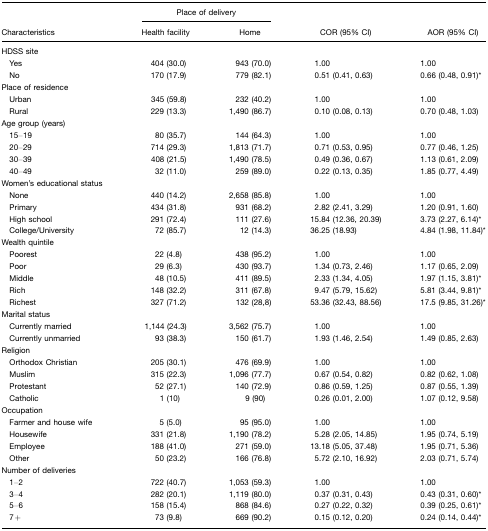
<table><thead><tr><td></td><td colspan="2"><b>Place of delivery</b></td><td></td><td></td></tr><tr><td><b>Characteristics</b></td><td><b>Health facility</b></td><td><b>Home</b></td><td><b>COR (95% CI)</b></td><td><b>AOR (95% CI)</b></td></tr></thead><tbody><tr><td>HDSS site</td><td></td><td></td><td></td><td></td></tr><tr><td> Yes</td><td>404 (30.0)</td><td>943 (70.0)</td><td>1.00</td><td>1.00</td></tr><tr><td> No</td><td>170 (17.9)</td><td>779 (82.1)</td><td>0.51 (0.41, 0.63)</td><td>0.66 (0.48, 0.91)*</td></tr><tr><td>Place of residence</td><td></td><td></td><td></td><td></td></tr><tr><td> Urban</td><td>345 (59.8)</td><td>232 (40.2)</td><td>1.00</td><td>1.00</td></tr><tr><td> Rural</td><td>229 (13.3)</td><td>1,490 (86.7)</td><td>0.10 (0.08, 0.13)</td><td>0.70 (0.48, 1.03)</td></tr><tr><td>Age group (years)</td><td></td><td></td><td></td><td></td></tr><tr><td> 15–19</td><td>80 (35.7)</td><td>144 (64.3)</td><td>1.00</td><td>1.00</td></tr><tr><td> 20–29</td><td>714 (29.3)</td><td>1,813 (71.7)</td><td>0.71 (0.53, 0.95)</td><td>0.77 (0.46, 1.25)</td></tr><tr><td> 30–39</td><td>408 (21.5)</td><td>1,490 (78.5)</td><td>0.49 (0.36, 0.67)</td><td>1.13 (0.61, 2.09)</td></tr><tr><td> 40–49</td><td>32 (11.0)</td><td>259 (89.0)</td><td>0.22 (0.13, 0.35)</td><td>1.85 (0.77, 4.49)</td></tr><tr><td>Women&#x27;s educational status</td><td></td><td></td><td></td><td></td></tr><tr><td> None</td><td>440 (14.2)</td><td>2,658 (85.8)</td><td>1.00</td><td>1.00</td></tr><tr><td> Primary</td><td>434 (31.8)</td><td>931 (68.2)</td><td>2.82 (2.41, 3.29)</td><td>1.20 (0.91, 1.60)</td></tr><tr><td> High school</td><td>291 (72.4)</td><td>111 (27.6)</td><td>15.84 (12.36, 20.39)</td><td>3.73 (2.27, 6.14)*</td></tr><tr><td> College/University</td><td>72 (85.7)</td><td>12 (14.3)</td><td>36.25 (18.93)</td><td>4.84 (1.98, 11.84)*</td></tr><tr><td>Wealth quintile</td><td></td><td></td><td></td><td></td></tr><tr><td> Poorest</td><td>22 (4.8)</td><td>438 (95.2)</td><td>1.00</td><td>1.00</td></tr><tr><td> Poor</td><td>29 (6.3)</td><td>430 (93.7)</td><td>1.34 (0.73, 2.46)</td><td>1.17 (0.65, 2.09)</td></tr><tr><td> Middle</td><td>48 (10.5)</td><td>411 (89.5)</td><td>2.33 (1.34, 4.05)</td><td>1.97 (1.15, 3.81)*</td></tr><tr><td> Rich</td><td>148 (32.2)</td><td>311 (67.8)</td><td>9.47 (5.79, 15.62)</td><td>5.81 (3.44, 9.81)*</td></tr><tr><td> Richest</td><td>327 (71.2)</td><td>132 (28,8)</td><td>53.36 (32.43, 88.56)</td><td>17.5 (9.85, 31.26)*</td></tr><tr><td>Marital status</td><td></td><td></td><td></td><td></td></tr><tr><td> Currently married</td><td>1,144 (24.3)</td><td>3,562 (75.7)</td><td>1.00</td><td>1.00</td></tr><tr><td> Currently unmarried</td><td>93 (38.3)</td><td>150 (61.7)</td><td>1.93 (1.46, 2.54)</td><td>1.49 (0.85, 2.63)</td></tr><tr><td>Religion</td><td></td><td></td><td></td><td></td></tr><tr><td> Orthodox Christian</td><td>205 (30.1)</td><td>476 (69.9)</td><td>1.00</td><td>1.00</td></tr><tr><td> Muslim</td><td>315 (22.3)</td><td>1,096 (77.7)</td><td>0.67 (0.54, 0.82)</td><td>0.82 (0.62, 1.08)</td></tr><tr><td> Protestant</td><td>52 (27.1)</td><td>140 (72.9)</td><td>0.86 (0.59, 1.25)</td><td>0.87 (0.55, 1.39)</td></tr><tr><td> Catholic</td><td>1 (10)</td><td>9 (90)</td><td>0.26 (0.01, 2.00)</td><td>1.07 (0.12, 9.58)</td></tr><tr><td>Occupation</td><td></td><td></td><td></td><td></td></tr><tr><td> Farmer and house wife</td><td>5 (5.0)</td><td>95 (95.0)</td><td>1.00</td><td>1.00</td></tr><tr><td> Housewife</td><td>331 (21.8)</td><td>1,190 (78.2)</td><td>5.28 (2.05, 14.85)</td><td>1.95 (0.74, 5.19)</td></tr><tr><td> Employee</td><td>188 (41.0)</td><td>271 (59.0)</td><td>13.18 (5.05, 37.48)</td><td>1.95 (0.71, 5.36)</td></tr><tr><td> Other</td><td>50 (23.2)</td><td>166 (76.8)</td><td>5.72 (2.10, 16.92)</td><td>2.03 (0.71, 5.74)</td></tr><tr><td>Number of deliveries</td><td></td><td></td><td></td><td></td></tr><tr><td> 1–2</td><td>722 (40.7)</td><td>1,053 (59.3)</td><td>1.00</td><td>1.00</td></tr><tr><td> 3–4</td><td>282 (20.1)</td><td>1,119 (80.0)</td><td>0.37 (0.31, 0.43)</td><td>0.43 (0.31, 0.60)*</td></tr><tr><td> 5–6</td><td>158 (15.4)</td><td>868 (84.6)</td><td>0.27 (0.22, 0.32)</td><td>0.39 (0.25, 0.61)*</td></tr><tr><td> 7+</td><td>73 (9.8)</td><td>669 (90.2)</td><td>0.15 (0.12, 0.20)</td><td>0.24 (0.14, 0.44)*</td></tr></tbody></table>